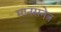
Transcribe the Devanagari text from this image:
मानसनेत्र